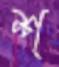
শ্